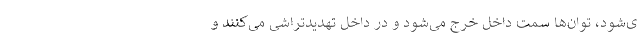
ی‌شود، توان‌ها سمت داخل خرج می‌شود و در داخل تهدیدتراشی می‌کنند و